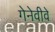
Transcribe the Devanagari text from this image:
गेनेवीवे